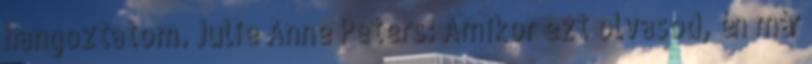
hangoztatom. Julie Anne Peters: Amikor ezt olvasod, én már